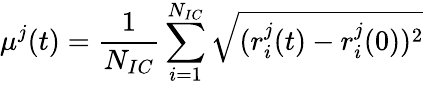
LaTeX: \mu^{j}(t)=\frac{1}{N_{IC}}\sum_{i=1}^{N_{IC}}\sqrt{(r_{i}^{j}(t)-r_{i}^{j}(0))^{2}}